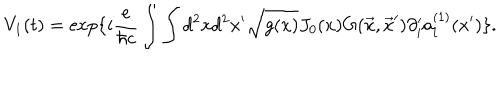
V _ { 1 } ( t ) = \exp \{ i { \frac { e } { \hbar c } } \int \int d ^ { 2 } x d ^ { 2 } x ^ { \prime } \sqrt { g ( x ) } J _ { 0 } ( x ) G ( \vec { x } , \vec { x } ^ { \prime } ) \partial _ { i } ^ { \prime } a _ { i } ^ { ( 1 ) } ( x ^ { \prime } ) \} .